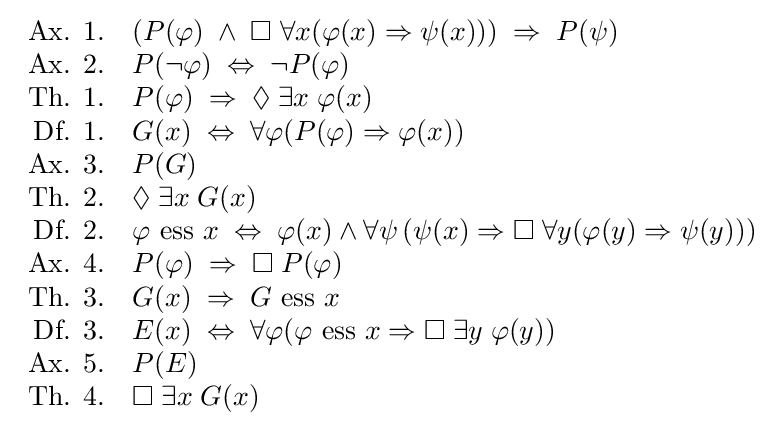
{\begin{array}{rl}{\text{Ax. 1.}}&\left(P(\varphi )\;\wedge \;\Box \;\forall x(\varphi (x)\Rightarrow \psi (x))\right)\;\Rightarrow \;P(\psi )\\{\text{Ax. 2.}}&P(\neg \varphi )\;\Leftrightarrow \;\neg P(\varphi )\\{\text{Th. 1.}}&P(\varphi )\;\Rightarrow \;\Diamond \;\exists x\;\varphi (x)\\{\text{Df. 1.}}&G(x)\;\Leftrightarrow \;\forall \varphi (P(\varphi )\Rightarrow \varphi (x))\\{\text{Ax. 3.}}&P(G)\\{\text{Th. 2.}}&\Diamond \;\exists x\;G(x)\\{\text{Df. 2.}}&\varphi {\text{ ess }}x\;\Leftrightarrow \;\varphi (x)\wedge \forall \psi \left(\psi (x)\Rightarrow \Box \;\forall y(\varphi (y)\Rightarrow \psi (y))\right)\\{\text{Ax. 4.}}&P(\varphi )\;\Rightarrow \;\Box \;P(\varphi )\\{\text{Th. 3.}}&G(x)\;\Rightarrow \;G{\text{ ess }}x\\{\text{Df. 3.}}&E(x)\;\Leftrightarrow \;\forall \varphi (\varphi {\text{ ess }}x\Rightarrow \Box \;\exists y\;\varphi (y))\\{\text{Ax. 5.}}&P(E)\\{\text{Th. 4.}}&\Box \;\exists x\;G(x)\end{array}}